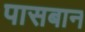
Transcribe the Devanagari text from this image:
पासबान